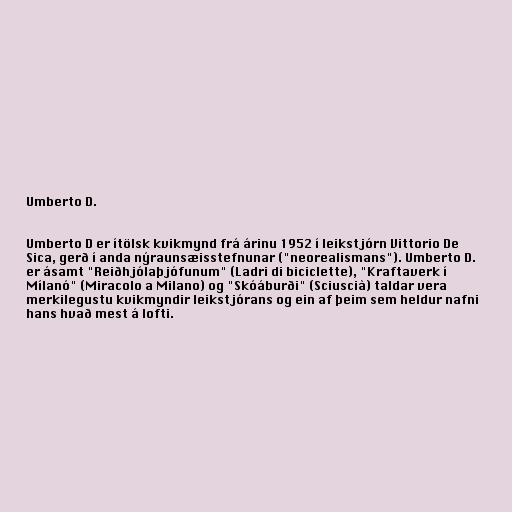
Umberto D.

Umberto D er ítölsk kvikmynd frá árinu 1952 í leikstjórn Vittorio De
Sica, gerð í anda nýraunsæisstefnunar ("neorealismans"). Umberto D.
er ásamt "Reiðhjólaþjófunum" (Ladri di biciclette), "Kraftaverk í
Mílanó" (Miracolo a Milano) og "Skóáburði" (Sciuscià) taldar vera
merkilegustu kvikmyndir leikstjórans og ein af þeim sem heldur nafni
hans hvað mest á lofti.